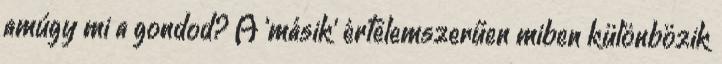
amúgy mi a gondod? A 'másik' értelemszerűen miben különbözik